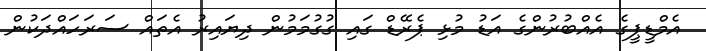
އެމްޑީޕީގެ އެއްބުރުންގެ އަޑު މުޅި ޕެރޭޑް ގައި ގުގުމަމުން ދިޔައިރު އެތައް ސަރަހައްދަކުން